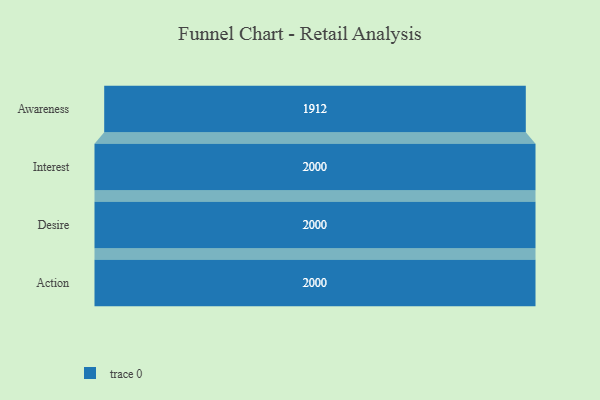
{"axis": {"x": "Stage", "y": "Value"}, "legend": [""], "data": [{"x": "Awareness", "y": 1912.0, "type": ""}, {"x": "Interest", "y": 2000, "type": ""}, {"x": "Desire", "y": 2000, "type": ""}, {"x": "Action", "y": 2000, "type": ""}]}